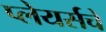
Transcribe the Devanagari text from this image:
प्लेयर्सचे